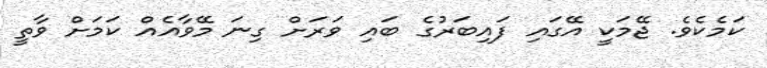
ކަމެކެވެ. ޖޭމަކީ އޭގައި ފައިބަރުގެ ބައި ވަރަށް ގިނަ މޭވާއެއް ކަމަށް ވާތީ